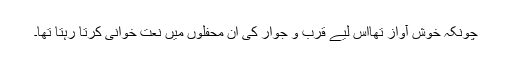
چونکہ خوش آواز تھااس لیے قرب و جوار کی ان محفلوں میں نعت خوانی کرتا رہتا تھا۔